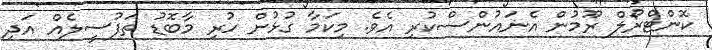
ކޮންޓްރޯލް ރޫމުން އެނައުންސްކުރި އެވެ. މިކަމާ ގުޅުން ހުރި މާބޮޑު ތަފުސީލެއް އަދި